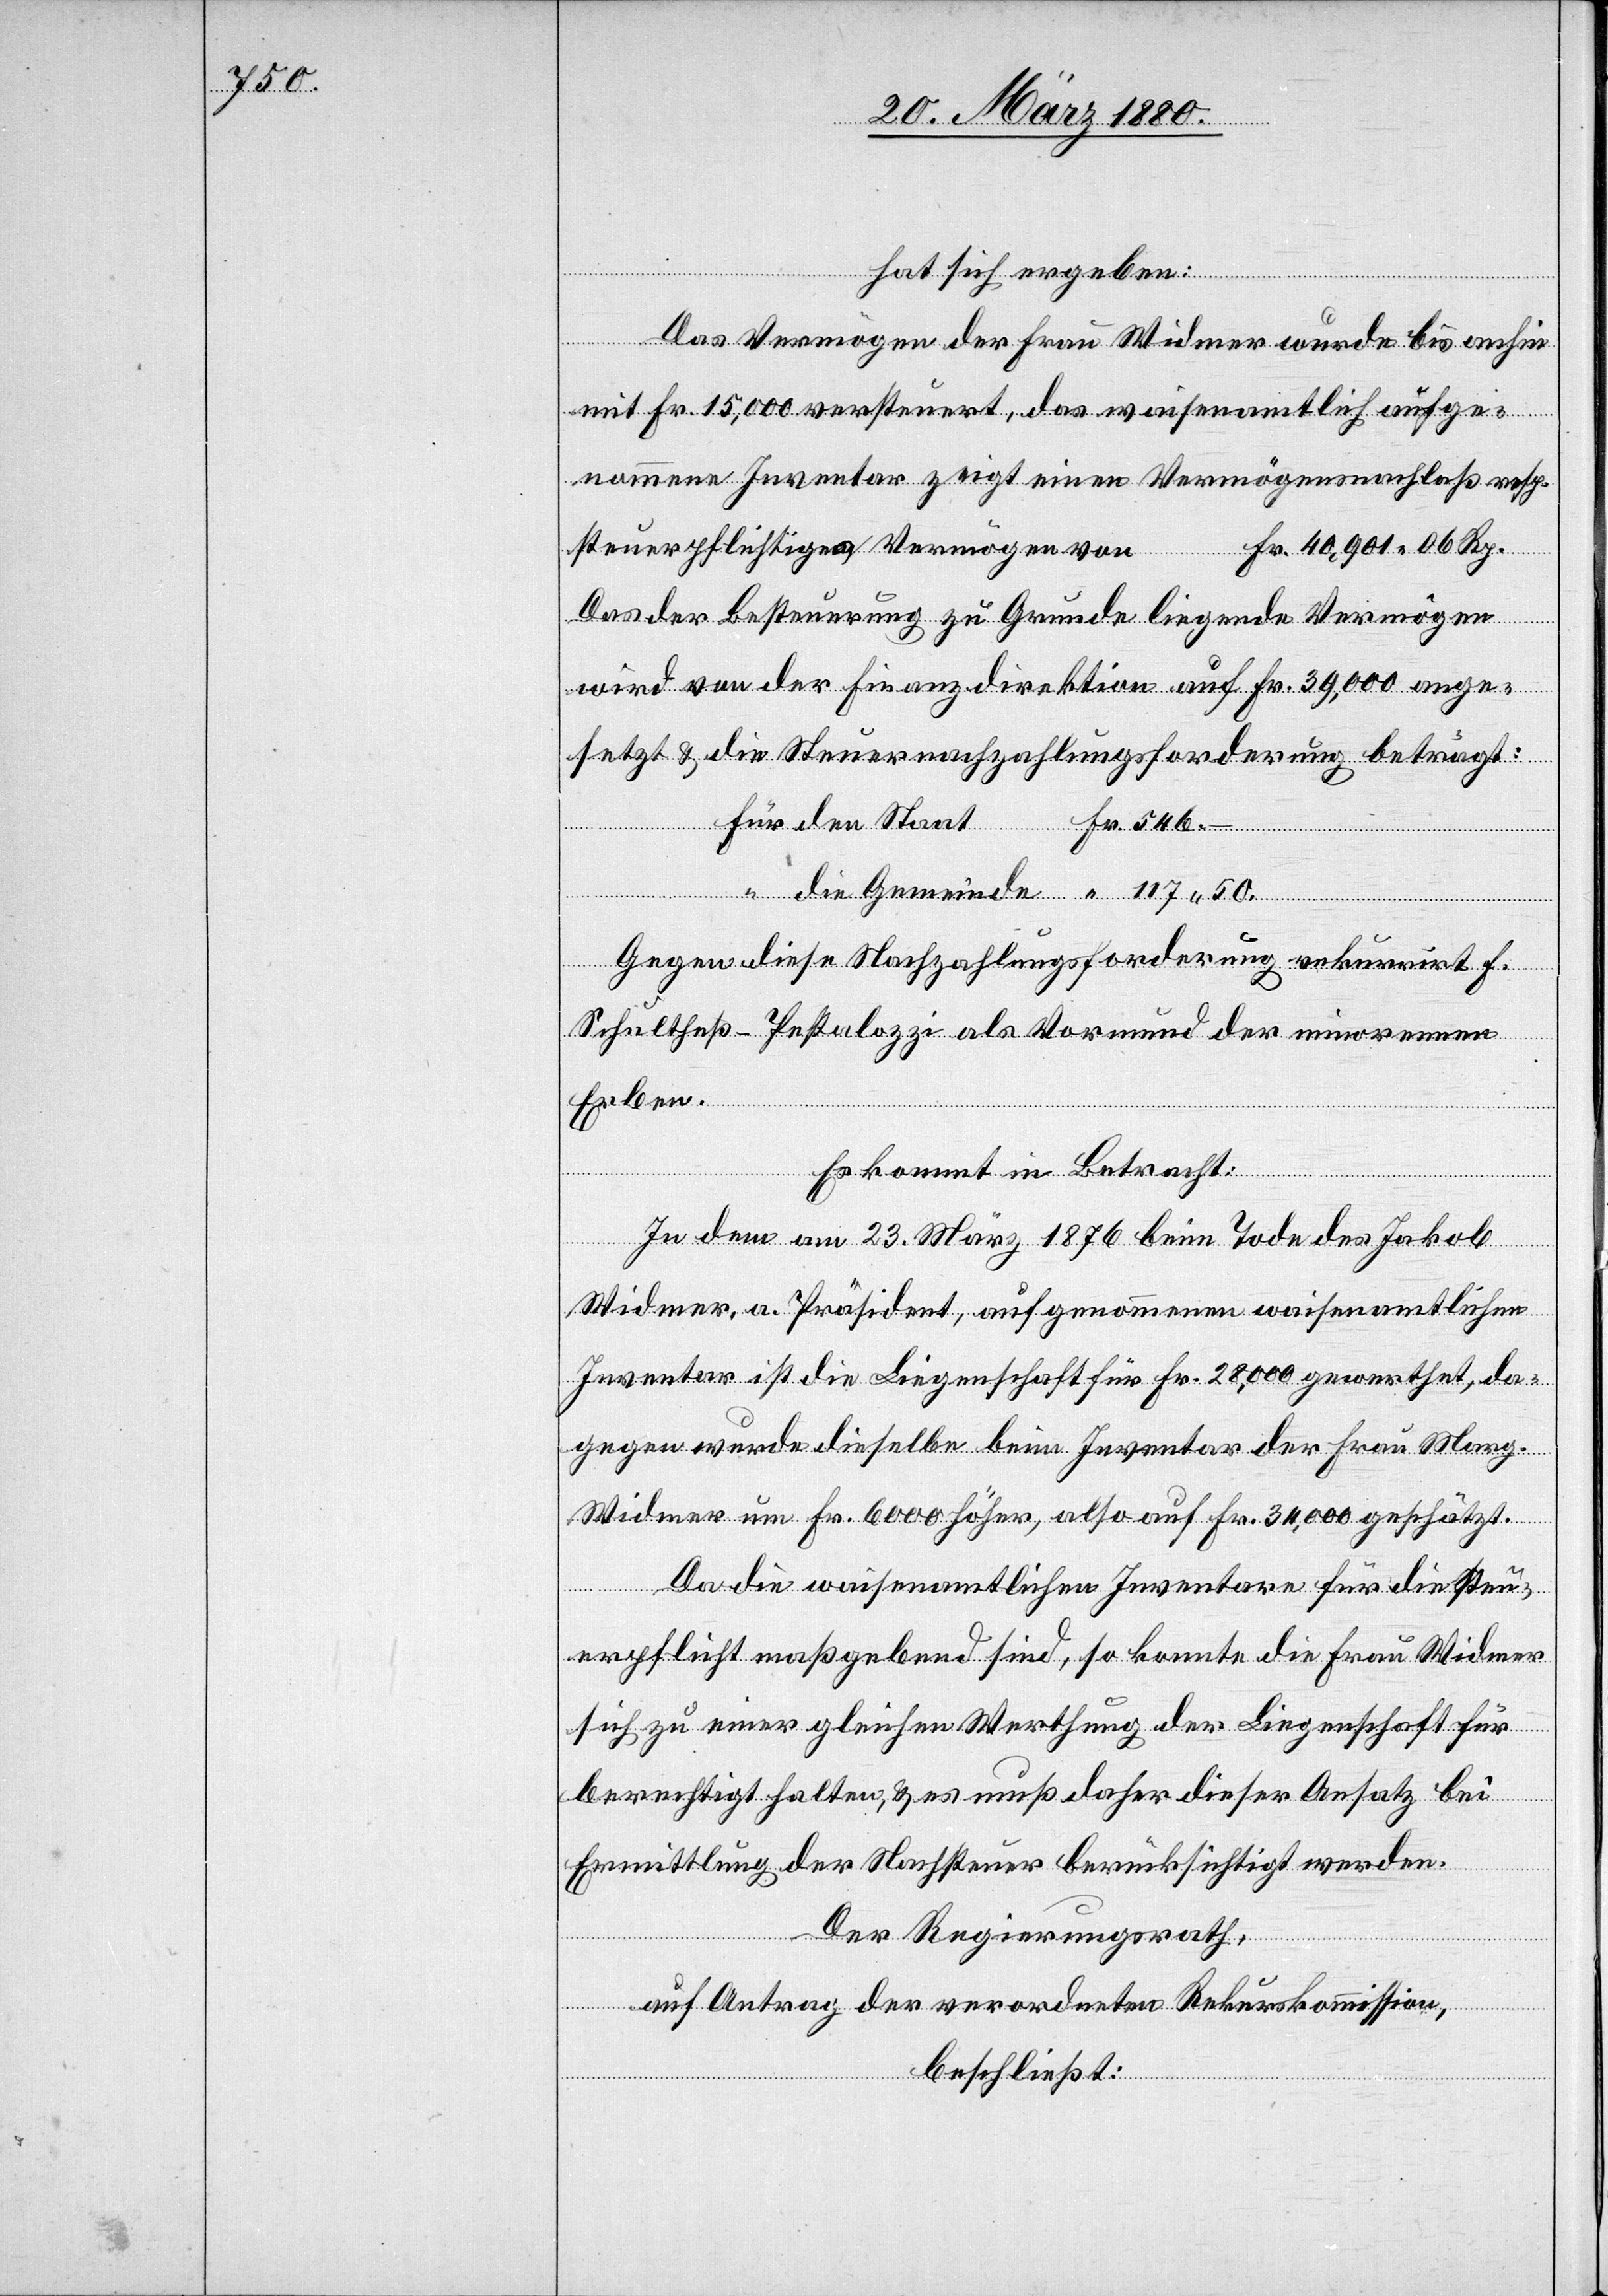
117 50

hat sich ergeben:
Fr.
Das Vermögen der Frau Widmer wurde bis anhin
mit Fr. 15, 000 versteuert, das waisenamtlich aufge¬
nommene Inventar zeigt einen Vermögensnachlaß resp.
Fr. 40, 901 06 Rp.
steuerpflichtiges Vermögen von
Das der Besteuerung zu Grunde liegende Vermögen
wird von der Finanzdirektion auf Fr. 39,000 ange¬
setzt & die Steuernachzahlungsforderung beträgt:
Gegen diese Nachzahlungsforderung rekurrirt F.
Schultheß-Pestalozzi als Vormund der minorennen
Erben.
einde
Es kommt in Betracht:
In dem am 23. März 1876 beim Tode des Jakob
Widmer, a. Präsident, aufgenommenen waisenamtlichen
Inventar ist die Liegenschaft für Fr. 28, 000 gewerthet, da¬
gegen wurde dieselbe beim Inventar der Frau Marg.
Widmer um Fr. 6000 höher, also auf Fr. 34, 000 geschätzt.
Da die waisenamtlichen Inventare für die Steu¬
erpflicht maßgebend sind, so konnte die Frau Widmer
sich zu einer gleichen Werthung der Liegenschaft für
berechtigt halten, & es muß daher dieser Ansatz bei
Ermittlung der Nachsteuer berücksichtigt werden.
Gem¬
Der Regierungsrath;
auf Antrag der verordneten Rekurskommission,
beschließt: